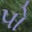
પો